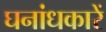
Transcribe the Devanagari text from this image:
घनांधकारें